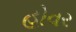
હોવર